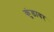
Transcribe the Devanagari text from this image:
कुंडावर